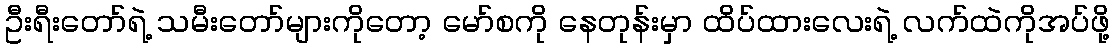
ဦးရီးတော်ရဲ့ သမီးတော်များကိုတော့ မော်စကို နေတုန်းမှာ ထိပ်ထားလေးရဲ့ လက်ထဲကိုအပ်ဖို့